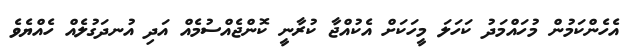
އެހެންކަމުން މުހައްމަދު ކަހަލަ މީހަކަށް އެކުއްޖާ ކުރާނީ ކޮންޖެއްސުމެއް އަދި އުނދަގުލެއް ހެއްޔެވެ